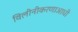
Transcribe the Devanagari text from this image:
विलीनीकरणाआधी